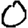
Digit: 0